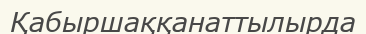
Қабыршаққанаттылырда